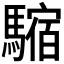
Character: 𩥿